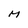
Character: M